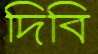
দিবি